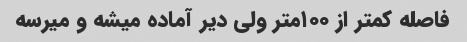
فاصله کمتر از ۱۰۰متر ولی دیر آماده میشه و میرسه